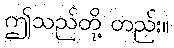
ဤသည်တို့ တည်း။